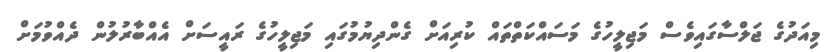
މިއަދުގެ ޖަލްސާގައިވެސް މަޖިލީހުގެ މަސައްކަތްތައް ކުރިއަށް ގެންދިޔުމުގައި މަޖިލީހުގެ ރައީސަށް އެއްބާރުލުން ދެއްވުމަށް